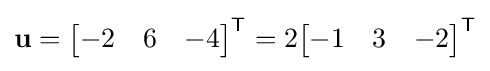
\mathbf {u} ={\begin{bmatrix}-2&6&-4\end{bmatrix}}^{\textsf {T}}=2{\begin{bmatrix}-1&3&-2\end{bmatrix}}^{\textsf {T}}